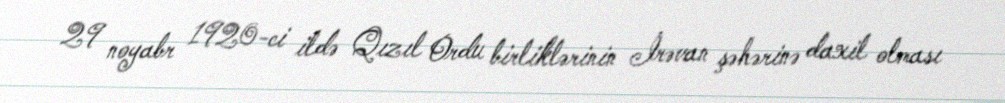
29 noyabr 1920-ci ildə Qızıl Ordu birliklərinin İrəvan şəhərinə daxil olması